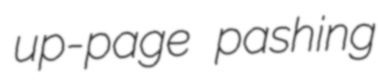
up-page pashing